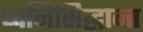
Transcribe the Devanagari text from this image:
ध्वनिसिद्धान्त